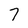
Character: 7